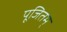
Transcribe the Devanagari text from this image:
पूजितम्